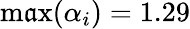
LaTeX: \operatorname*{m\mathfrak{a}x}(\alpha_{i})=1.29